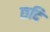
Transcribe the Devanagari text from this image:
छदि